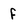
Character: F